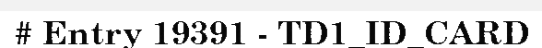
# Entry 19391 - TD1_ID_CARD